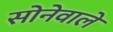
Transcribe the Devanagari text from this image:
सोनेवाले